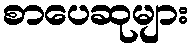
စာပေဆုများ